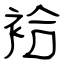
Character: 袷